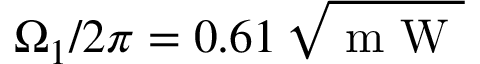
\Omega _ { 1 } / 2 \pi = 0 . 6 1 \, \sqrt { \mathrm { ~ m ~ W ~ } }